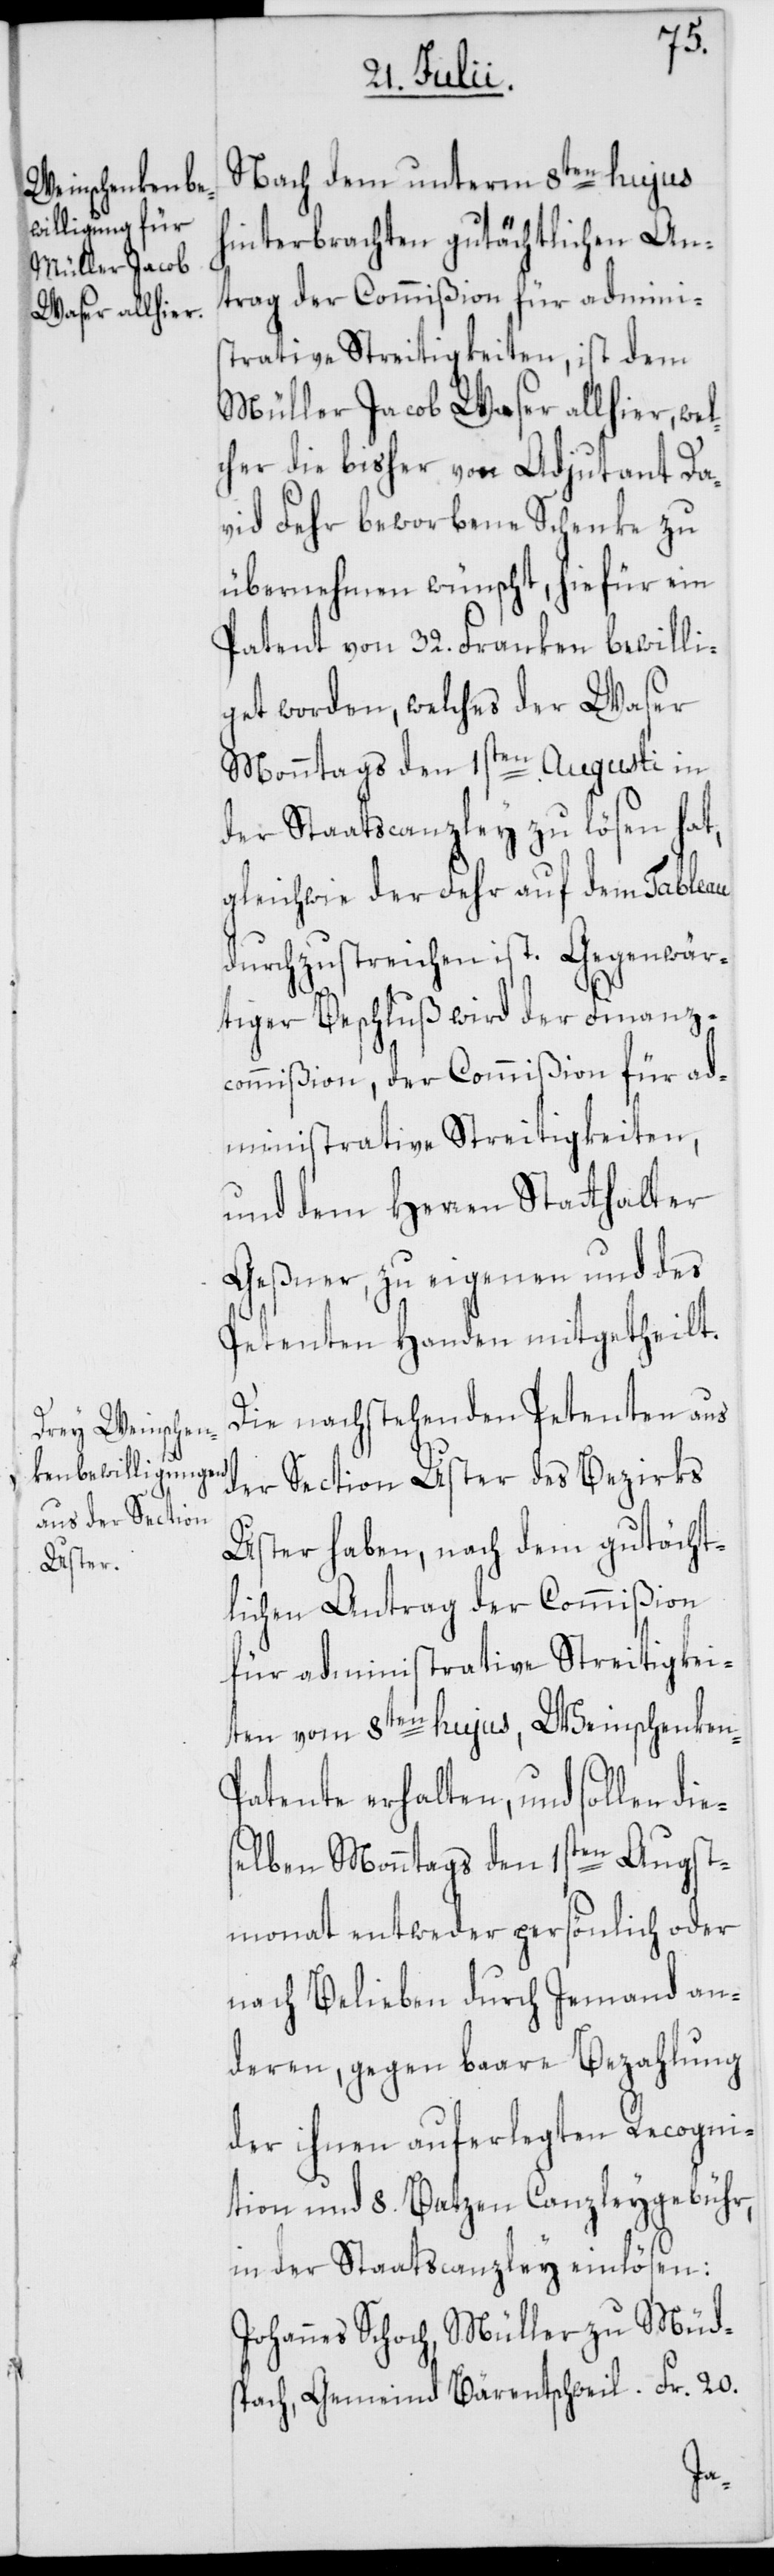
Nach dem unterm 8ten hujus
hinterbrachten gutächtlichen An¬
trag der Commißion für admini¬
strative Streitigkeiten, ist dem
Müller Jacob Waser allhier, wel¬
cher die bisher von Adjutant Da¬
vid Fehr beworbene Schenke zu
übernehmen wünscht, hiefür ein
Patent von 32. Franken bewilli¬
get worden, welches der Waser
Monntags den 1sten Augusti in
der Staatscanzley zu lösen hat,
gleichwie der Fehr auf dem Tableau
durchzustreichen ist. Gegenwär¬
tiger Beschluß wird der Finanz¬
commißion, der Commißion für ad¬
ministrative Streitigkeiten,
und dem Herren Statthalter
Geßner, zu eigenen und des
Petenten Handen mitgetheilt.
Die nachstehenden Petenten aus
der Section Uster des Bezirks
Uster haben, nach dem gutächt¬
lichen Antrag der Commißion
für administrative Streitigkei¬
ten vom 8ten hujs, Weinschenke¬
atente erhalten, und sollen die¬
selben Monntags den 1sten Augst¬
monat entweder persönlich oder
nach Belieben durch Jemand an¬
deren, gegen baare Bezahlung
der ihnen auferlegten Recogni¬
tion und 8. Batzen Canzleygebühr,
in der Staatscanzley einlösen:
Johannes Schoch, Müller zu Müd¬
spach, Gemeinde Bärentschweil Fr. 20.
n-P¬